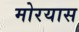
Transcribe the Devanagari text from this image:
मोरयास